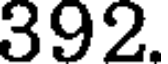
392.